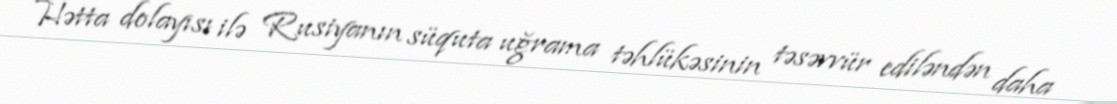
Hətta dolayısı ilə Rusiyanın süquta uğrama təhlükəsinin təsəvvür ediləndən daha